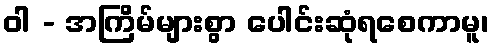
ဝါ - အကြိမ်များစွာ ပေါင်းဆုံရစေကာမူ၊